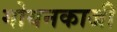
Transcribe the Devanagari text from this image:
गोयनकाजी